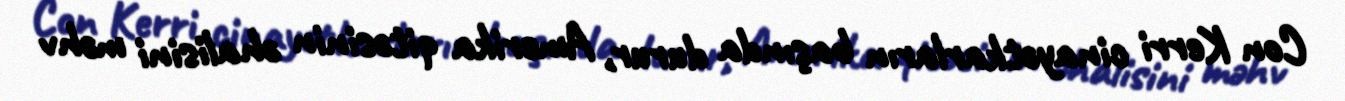
Con Kerri cinayətkarların başında durur, Amerika qitəsinin əhalisini məhv